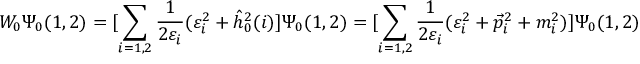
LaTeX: W _ { 0 } \Psi _ { 0 } ( 1 , 2 ) = [ \sum _ { i = 1 , 2 } \frac { 1 } { 2 \varepsilon _ { i } } ( \varepsilon _ { i } ^ { 2 } + \hat { h } _ { 0 } ^ { 2 } ( i ) ] \Psi _ { 0 } ( 1 , 2 ) = [ \sum _ { i = 1 , 2 } \frac { 1 } { 2 \varepsilon _ { i } } ( \varepsilon _ { i } ^ { 2 } + { \vec { p } _ { i } } ^ { 2 } + m _ { i } ^ { 2 } ) ] \Psi _ { 0 } ( 1 , 2 )